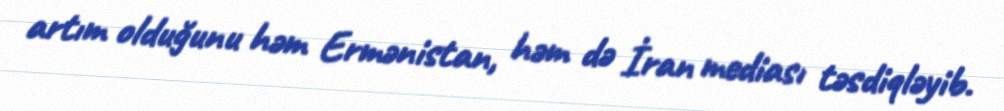
artım olduğunu həm Ermənistan, həm də İran mediası təsdiqləyib.